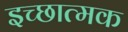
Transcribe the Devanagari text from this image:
इच्छात्मक